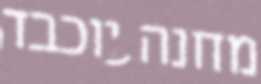
מחנה יוכבד